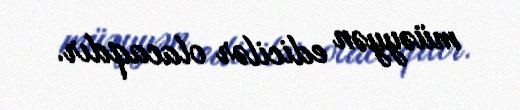
müəyyən edicilər olacaqdır.